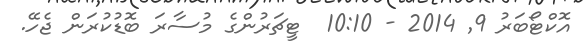
އޮކްޓޯބަރު 9